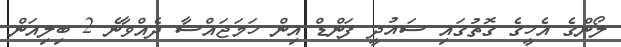
ލޯންގެ އެހީގެ ގޮތުގައި ސައުދީ ފަންޑް އިން ހަމަޖައްސާ ދެއްވާނެ 2 ބިލިއަން